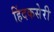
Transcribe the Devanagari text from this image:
हिंदकसेरी